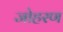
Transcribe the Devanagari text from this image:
जोहरण